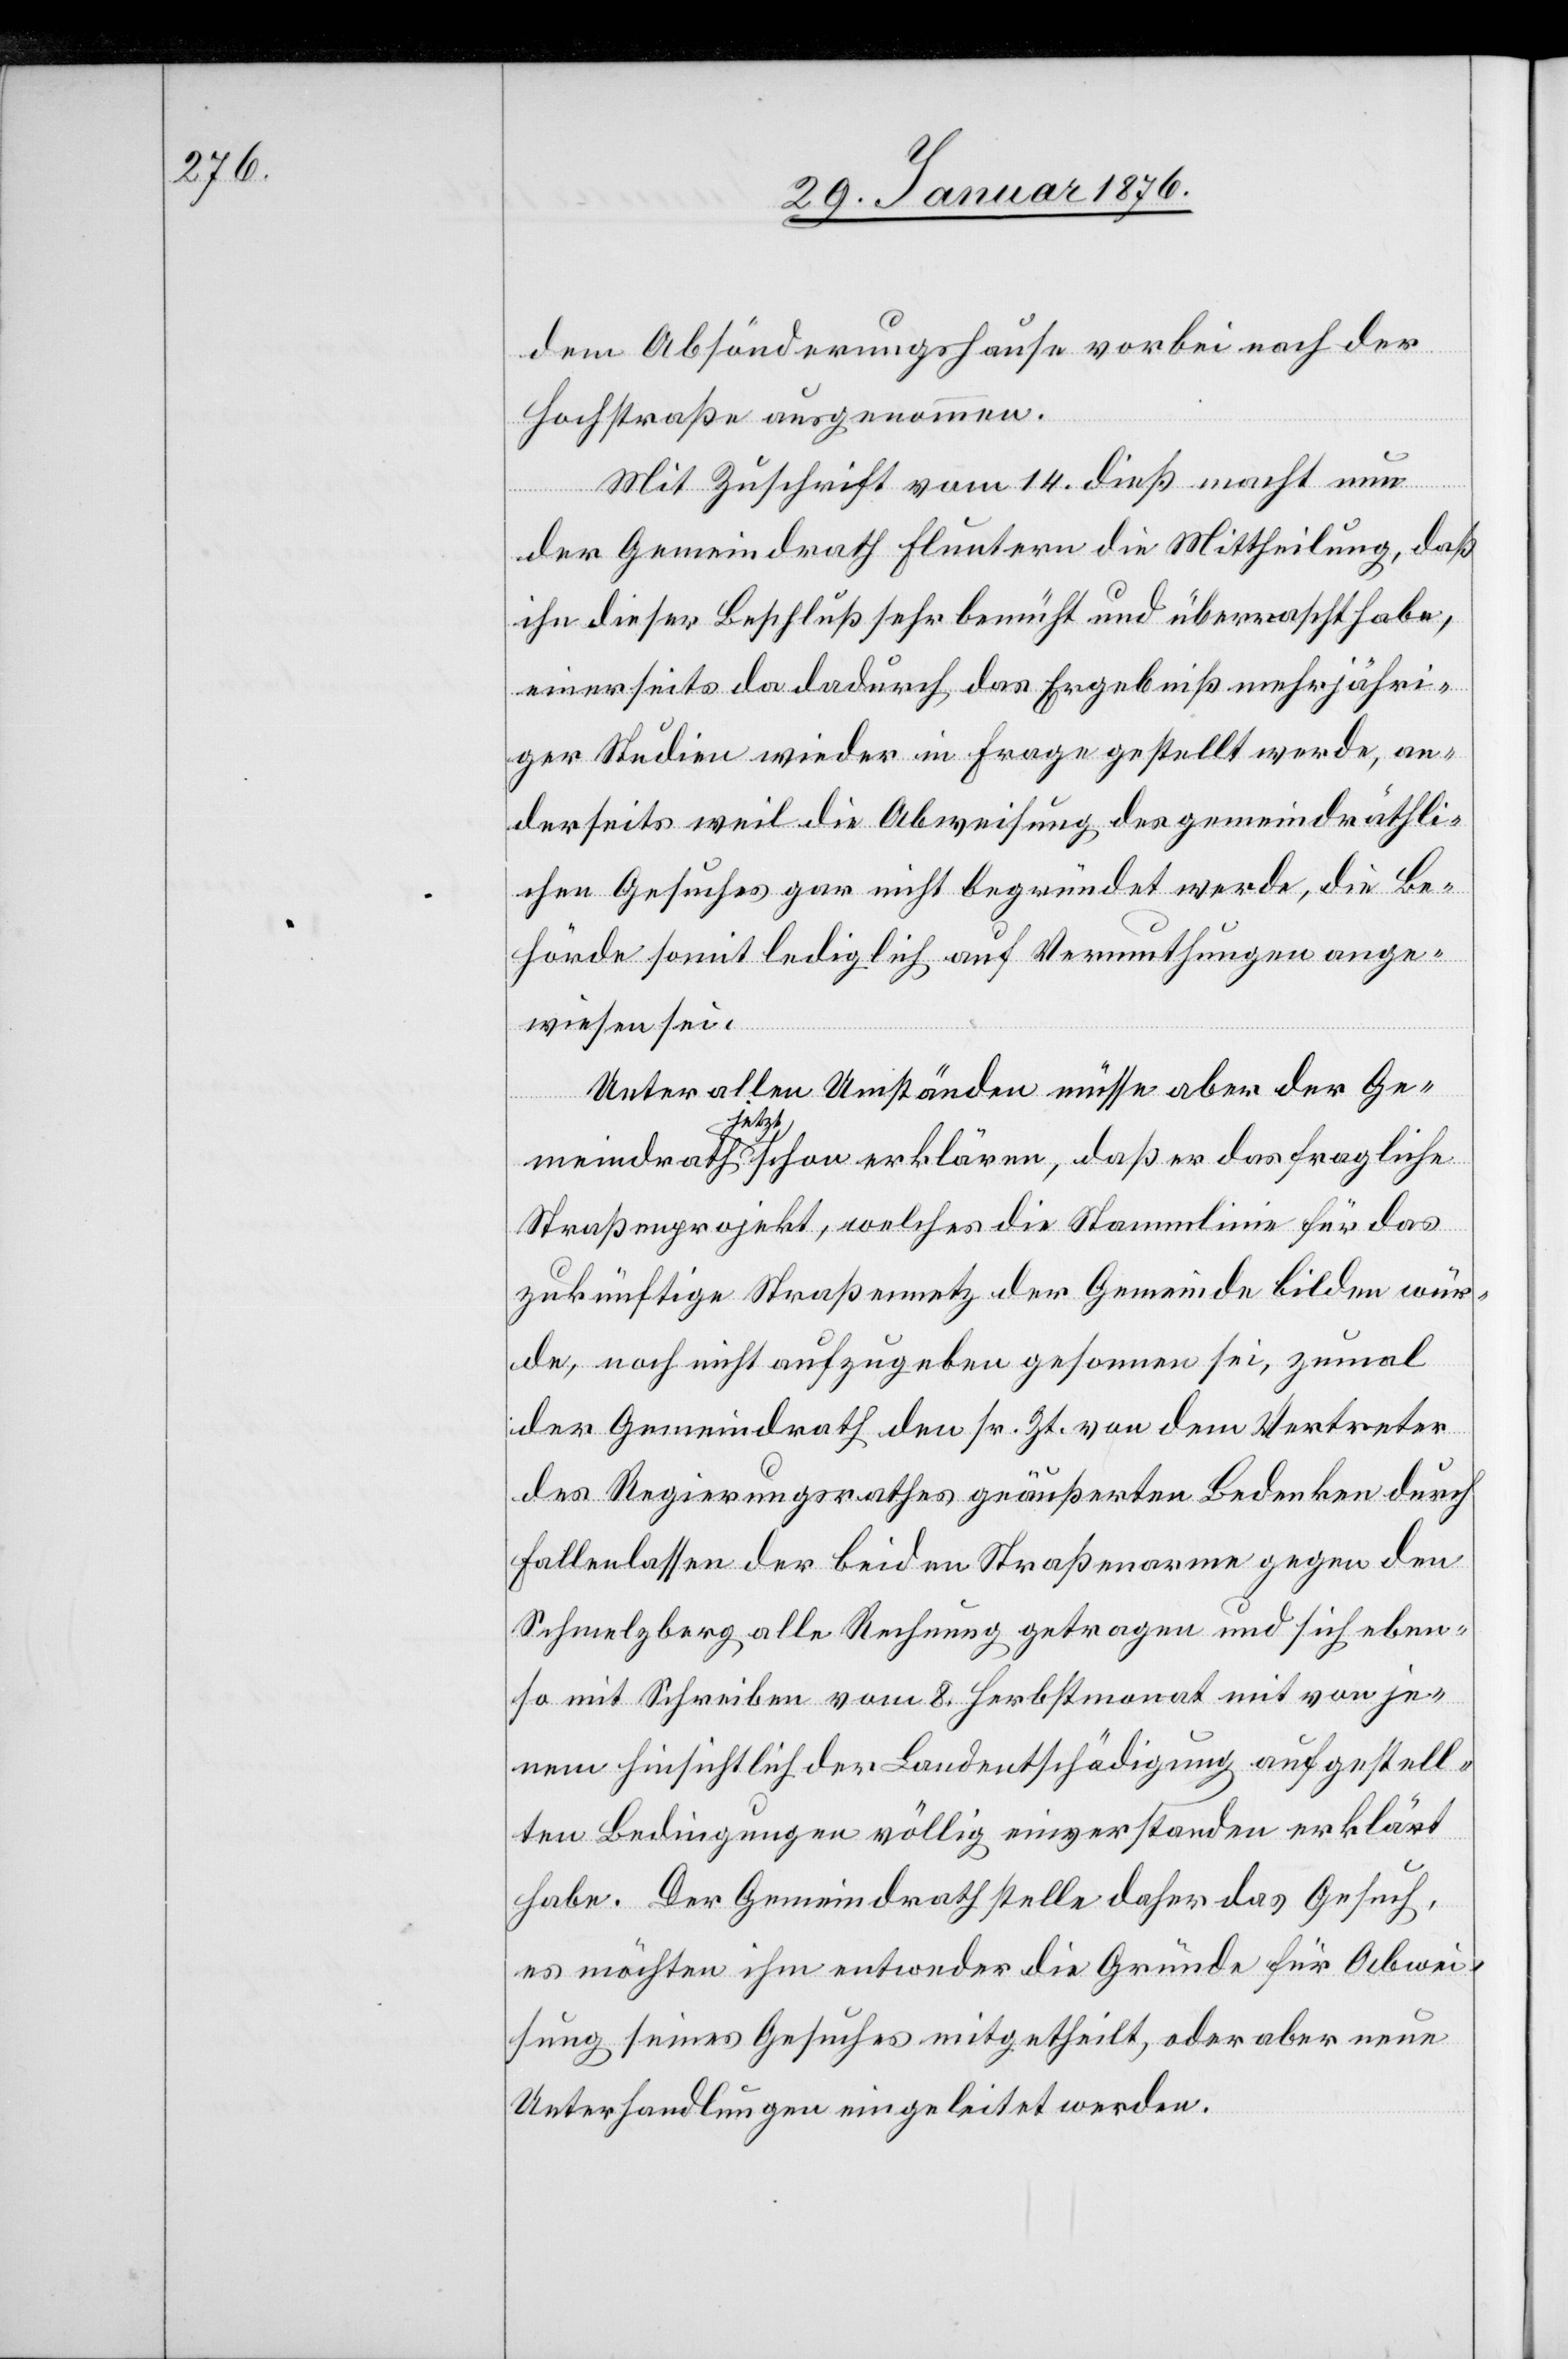
dem Absönderungshause vorbei nach der
Hochstraße ausgenommen.
Mit Zuschrift vom 14. dieß macht nun
der Gemeindrath Fluntern die Mittheilung, daß
ihn dieser Beschluß sehr bemüht und überrascht habe,
einerseits da dadurch das Ergebniß mehrjähri¬
ger Studien wieder in Frage gestellt werde, an¬
derseits weil die Abweisung des gemeindräthli¬
chen Gesuches gar nicht begründet werde, die Be¬
hörde somit lediglich auf Vermuthungen ange¬
wiesen sei.
Unter allen Umständen müsse aber der Ge¬
meindrath jetzt schon erklären, daß er das fragliche
Straßenprojekt, welches die Stammlinie für das
zukünftige Straßennetz der Gemeinde bilden wür¬
de, noch nicht aufzugeben gesonnen sei, zumal
der Gemeindrath den sr. Zt. von dem Vertreter
des Regierungsrathes geäußerten Bedenken durch
Fallenlassen der beiden Straßenarme gegen den
Schmelzberg alle Rechnung getragen und sich eben¬
so mit Schreiben vom 8. Herbstmonat mit von je¬
nem hinsichtlich der Landentschädigung aufgestell¬
ten Bedingungen völlig einverstanden erklärt
habe. Der Gemeindrath stelle daher das Gesuch,
es möchten ihm entweder die Gründe für Abwei¬
sung seines Gesuches mitgetheilt, oder aber neue
Unterhandlungen eingeleitet werden.